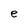
Character: e